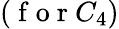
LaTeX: (\mathrm{~f~o~r~}C_{4})